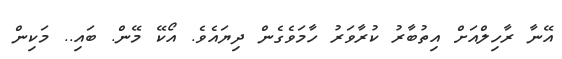
އޭނާ ރާހިލްއަށް އިތުބާރު ކުރާވަރު ހާމަވެގެން ދިޔައެވެ. އޯކޭ މޭން. ބައި.. މަކިން